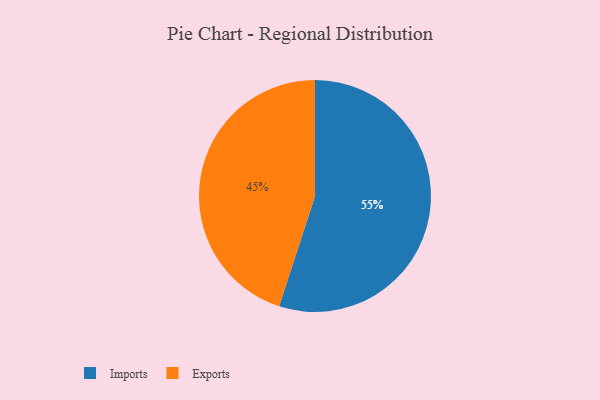
{"axis": {"x": "Category", "y": "Percentage"}, "legend": ["Exports", "Imports"], "data": [{"x": "Imports", "y": 55, "type": "Imports"}, {"x": "Exports", "y": 45, "type": "Exports"}]}